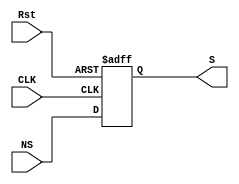
module SR(CLK,S,NS,Rst);
input CLK,Rst;
input [3:0] NS;
output reg[3:0] S ;
always@(posedge CLK,posedge Rst ) begin
    if(Rst) begin
    S<=4'b0000;
    end
    else 
    S=NS;
    end
    initial begin
        S=4'b0000;
    end
    endmodule